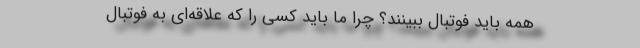
همه باید فوتبال ببینند؟ چرا ما باید کسی را که علاقه‌ای به فوتبال